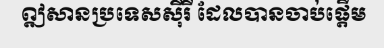
ឦសានប្រទេសស៊ីរី ដែលបានចាប់ផ្តើម